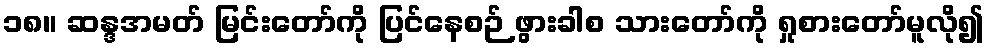
၁၈။ ဆန္ဒအမတ် မြင်းတော်ကို ပြင်နေစဉ် ဖွားခါစ သားတော်ကို ရှုစားတော်မူလို၍